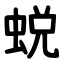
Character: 蜕